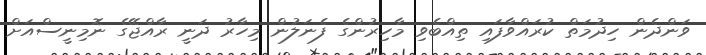
ވަންދެން ހިދުމަތް ކުރައްވާފައި ތިއްބެވި މާހިރުންގެ ފެނަލުން މިހާރު ދަނީ ރާއްޖޭގެ ނޮމިނީސްއަށް